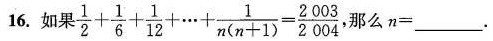
16.如果$$\frac { 1 } { 2 } + \frac { 1 } { 6 } + \frac { 1 } { 1 2 } + …… + \frac { 1 } { n( n + 1 ) } = \frac { 2 0 0 3 } { 2 0 0 4 }$$ 那么$$n = ___$$.